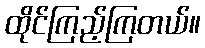
ထိုင်ကြည့်ကြတယ်။